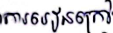
 ការរៀនក្រៅ